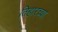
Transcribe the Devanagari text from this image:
तिहारच्या